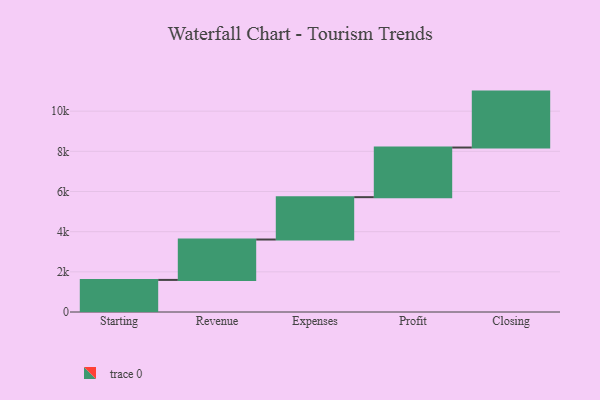
{"axis": {"x": "Step", "y": "Value"}, "legend": [""], "data": [{"x": "Starting", "y": 1598.0, "type": ""}, {"x": "Revenue", "y": 2011.0, "type": ""}, {"x": "Expenses", "y": 2109.0, "type": ""}, {"x": "Profit", "y": 2471.0, "type": ""}, {"x": "Closing", "y": 2785.0, "type": ""}]}